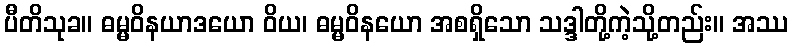
ပီတိသုခ။ ဓမ္မဝိနယာဒယော ဝိယ၊ ဓမ္မဝိနယော အစရှိသော သဒ္ဒါတို့ကဲ့သို့တည်း။ အဿ